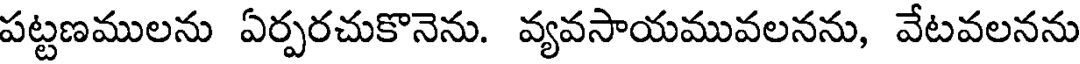
పట్టణములను ఏర్పరచుకొనెను. వ్యవసాయమువలనను, వేటవలనను